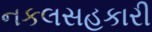
નકલસહકારી